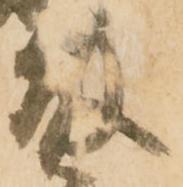
藤